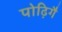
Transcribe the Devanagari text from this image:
पोढ़िगै